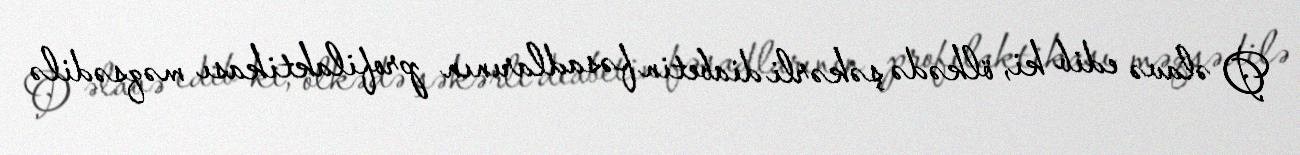
O əlavə edib ki, ölkədə şəkərli diabetin fəsadlarının profilaktikası məqsədilə